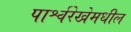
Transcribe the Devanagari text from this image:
पार्श्वरेखेमधील